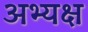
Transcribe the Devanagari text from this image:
अभ्यक्ष